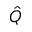
\hat { Q }